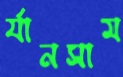
র‍্যানসাম